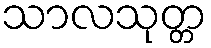
သာလသုတ္တ